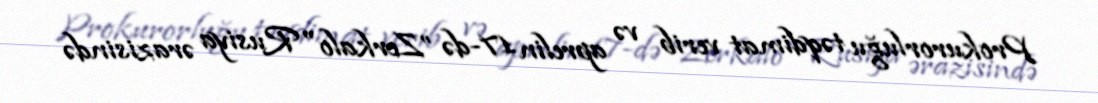
Prokurorluğu təqdimat verib və aprelin 17-də ”Zerkalo" Rusiya ərazisində